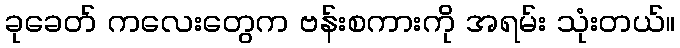
ခုခေတ် ကလေးတွေက ဗန်းစကားကို အရမ်း သုံးတယ်။